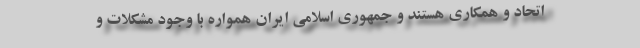
اتحاد و همکاری هستند و جمهوری اسلامی ایران همواره با وجود مشکلات و